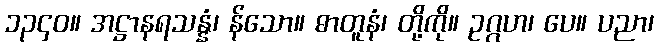
၁၃၄၀။ အဋ္ဌာနရသန္နံ၊ န်သော။ ဓာတူနံ၊ တို့ကို။ ဥဂ္ဂဟ၊ ပေ။ ပညာ၊